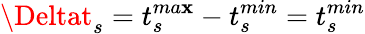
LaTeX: \Deltat_{s}=t_{s}^{ma\mathbf{x}}-t_{s}^{min}=t_{s}^{min}